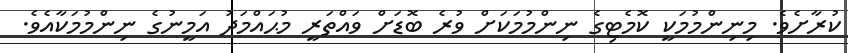
ކުރާށެވެ. މިނިންމުމަކީ ކޮމެޓިގެ ނިންމުމަކަށް ވުރެ ބޮޑަށް ވައްތަރީ މުޙައްމަދު އަމީނުގެ ނިންމުމަކާއެވެ.